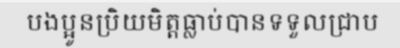
បងប្អូនប្រិយមិត្តធ្លាប់បានទទួលជ្រាប